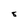
Character: 8